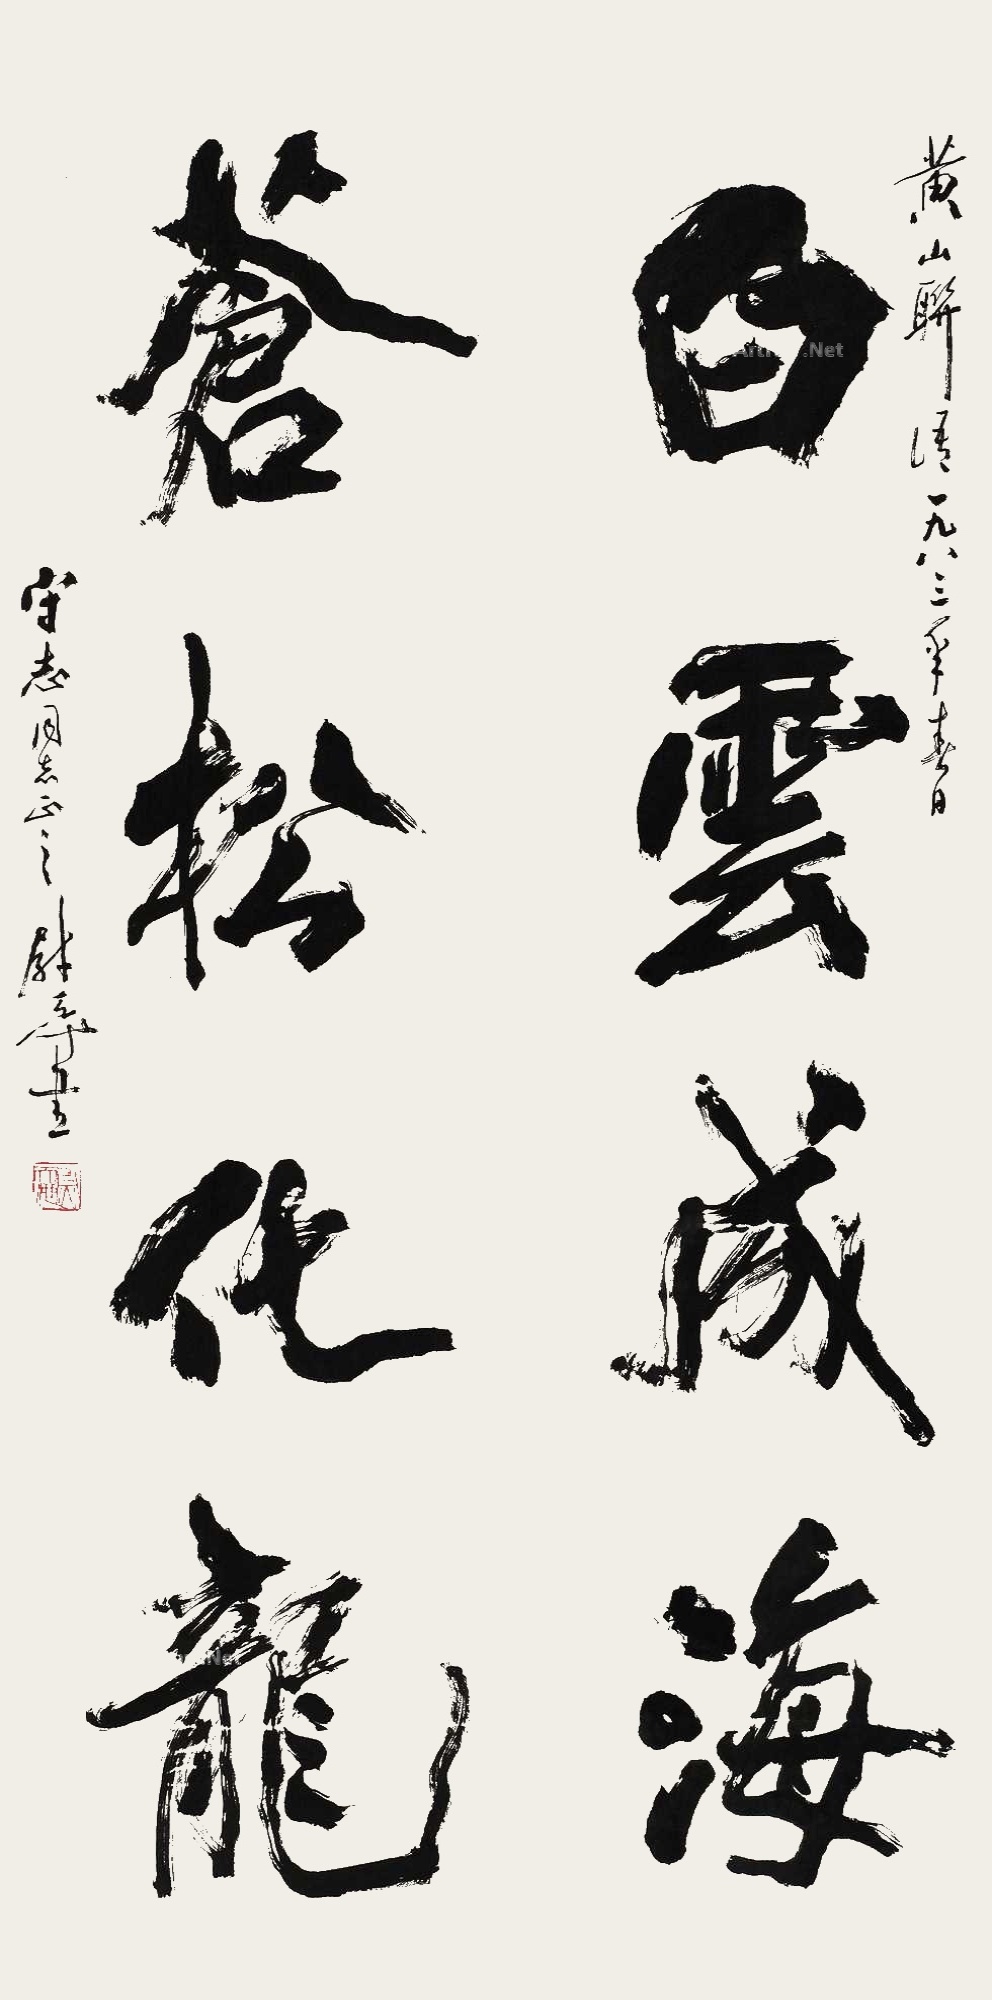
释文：白云成海，苍松化龙。黄山联语，一九八三年春日，守志同志正之，尉天池书。